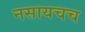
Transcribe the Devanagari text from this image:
नसायचच